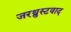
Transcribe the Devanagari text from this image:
जरथ्रुस्टवाद